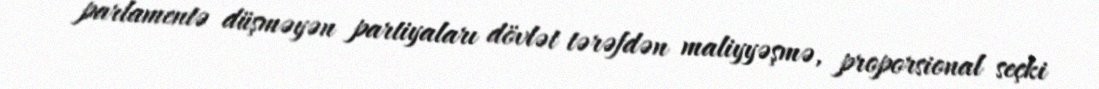
parlamentə düşməyən partiyaları dövlət tərəfdən maliyyəşmə, proporsional seçki